Sanitation, dispensaries and jails vaccination Rajputana 1922-1927 - 1922-1927
Year: 1922
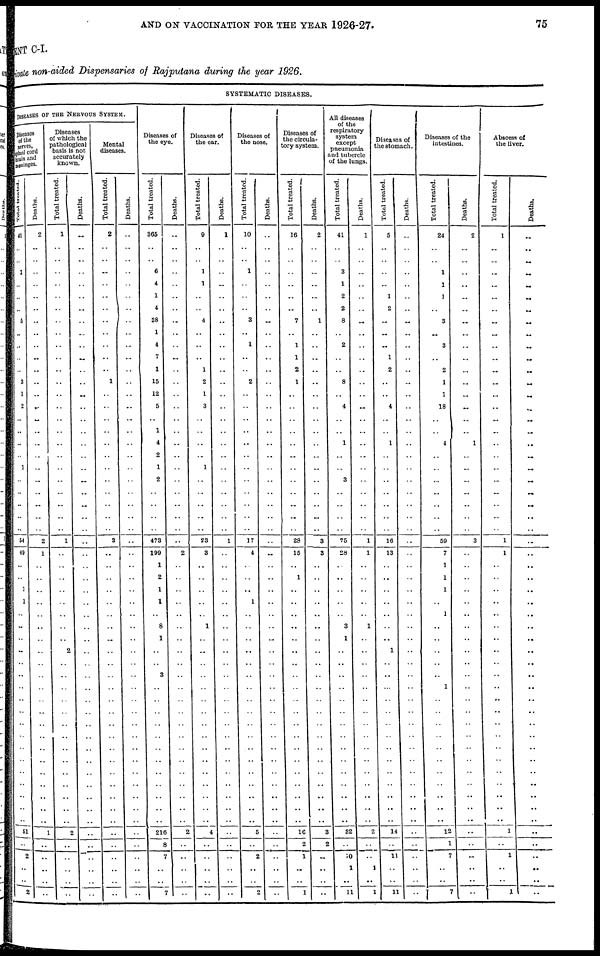
AND ON VACCINATION FOR THE YEAR 1926-27.
75
ENT C-I.
Private non-aided Dispensaries of Rajputana during the year 1926.
SYSTEMATIC DISEASES.
DISEASES OF THE NERVOUS SYSTEM.
Diseases
of the
nerves,
spinal cord
brain and
meninges.
Total treated.
41
..
..
1
..
..
..
5
..
..
..
..
3
1
2
..
..
..
..
1
..
..
..
..
..
54
49
..
..
1
1
..
..
..
..
..
..
..
..
..
..
..
..
..
..
..
..
..
..
51
..
2
..
..
2
Deaths.
2
..
..
..
..
..
..
..
..
..
..
..
..
..
..
..
..
..
..
..
..
..
..
..
..
2
1
..
..
..
..
..
..
..
..
..
..
..
..
..
..
..
..
..
..
..
..
..
..
1
..
..
..
..
..
Diseases
of which the
pathological
basis is not.
accurately
known.
Total treated.
1
..
..
..
..
..
..
..
..
..
..
..
..
..
..
..
..
..
..
..
..
..
..
..
..
1
..
..
..
..
..
..
..
..
2
..
..
..
..
..
..
..
..
..
..
..
..
..
..
2
..
..
..
..
..
Deaths.
..
..
..
..
..
..
..
..
..
..
..
..
..
..
..
..
..
..
..
..
..
..
..
..
..
..
..
..
..
..
..
..
..
..
..
..
..
..
..
..
..
..
..
..
..
..
..
..
..
..
..
..
..
..
..
Mental
diseases.
Total treated.
2
..
..
..
..
..
..
..
..
..
..
..
1
..
..
..
..
..
..
..
..
..
..
..
..
3
..
..
..
..
..
..
..
..
..
..
..
..
..
..
..
..
..
..
..
..
..
..
..
..
..
..
..
..
..
Deaths.
..
..
..
..
..
..
..
..
..
..
..
..
..
..
..
..
..
..
..
..
..
..
..
..
..
..
..
..
..
..
..
..
..
..
..
..
..
..
..
..
..
..
..
..
..
..
..
..
..
..
..
..
..
..
..
Diseases of
the eye.
Total treated.
365
..
..
6
4
1
4
38
1
4
7
1
15
12
5
..
1
4
2
1
2
..
..
..
..
473
199
1
2
1
1
..
8
1
..
..
3
..
..
..
..
..
..
..
..
..
..
..
..
216
8
7
..
..
7
Deaths.
..
..
..
..
..
..
..
..
..
..
..
..
..
..
..
..
..
..
..
..
..
..
..
..
..
..
2
..
..
..
..
..
..
..
..
..
..
..
..
..
..
..
..
..
..
..
..
..
..
2
..
..
..
..
..
Diseases of
the ear.
Total treated.
9
..
..
1
1
..
..
4
..
..
..
1
2
1
3
..
..
..
..
1
..
..
..
..
..
23
3
..
..
..
..
..
1
..
..
..
..
..
..
..
..
..
..
..
..
..
..
..
..
4
..
..
..
..
..
Deaths.
1
..
..
..
..
..
..
..
..
..
..
..
..
..
..
..
..
..
..
..
..
..
..
..
..
1
..
..
..
..
..
..
..
..
..
..
..
..
..
..
..
..
..
..
..
..
..
..
..
..
..
..
..
..
..
Diseases of
the nose.
Total treated.
10
..
..
1
..
..
..
3
..
1
..
..
2
..
..
..
..
..
..
..
..
..
..
..
..
17
4
..
..
..
1
..
..
..
..
..
..
..
..
..
..
..
..
..
..
..
..
..
..
5
..
2
..
..
2
Deaths.
..
..
..
..
..
..
..
..
..
..
..
..
..
..
..
..
..
..
..
..
..
..
..
..
..
..
..
..
..
..
..
..
..
..
..
..
..
..
..
..
..
..
..
..
..
..
..
..
..
..
..
..
..
..
..
Diseases of
the circula-
tory system.
Total treated.
16
..
..
..
..
..
..
7
..
1
1
2
1
..
..
..
..
..
..
..
..
..
..
..
..
28
15
..
1
..
..
..
..
..
..
..
..
..
..
..
..
..
..
..
..
..
..
..
..
16
2
1
..
.. 1
Deaths.
2
..
..
..
..
..
..
1
..
..
..
..
..
..
..
..
..
..
..
..
..
..
..
..
..
3
3
..
..
..
..
..
..
..
..
..
..
..
..
..
..
..
..
..
..
..
..
..
..
3
2
..
..
..
..
All diseases
of the
respiratory
system
except
pneumonia
and tubercle
of the lungs.
Total treated.
41
..
..
3
1
2
2
8
..
2
..
..
8
..
4
..
..
1
..
..
3
..
..
..
..
75
28
..
..
..
..
..
3
1
..
..
..
..
..
..
..
..
..
..
..
..
..
..
..
32
..
10
1
..
11
Deaths.
1
..
..
..
..
..
..
..
..
..
..
..
..
..
..
..
..
..
..
..
..
..
..
..
..
1
1
..
..
..
..
..
1
..
..
..
..
..
..
..
..
..
..
..
..
..
..
..
..
2
..
..
1
.. 1
Diseases of
the stomach.
Total treated.
5
..
..
..
..
1
2
..
..
..
1
2
..
..
4
..
..
1
..
..
..
..
..
..
..
16
13
..
..
..
..
..
..
..
1
..
..
..
..
..
..
..
..
..
..
..
..
..
..
14
..
11
..
..
11
Deaths.
..
..
..
..
..
..
..
..
..
..
..
..
..
..
..
..
..
..
..
..
..
..
..
..
..
..
..
..
..
..
..
..
..
..
..
..
..
..
..
..
..
..
..
..
..
..
..
..
..
..
..
..
..
..
..
Diseases of the
intestines.
Total treated.
24
..
..
1
1 .. ..
3
..
3
..
2
1
1
18
..
..
4
..
..
..
..
..
..
..
59
7
1
1
1
..
1
..
..
..
..
..
1
..
..
..
..
..
..
..
..
..
..
..
12
1
7
..
..
7
Deaths.
2
..
..
..
..
..
..
..
..
..
..
..
..
..
..
..
..
1
..
..
..
..
..
..
..
3
..
..
..
..
..
..
..
..
..
..
..
..
..
..
..
..
..
..
..
..
..
..
..
..
..
..
..
..
..
Abscess of
the liver.
Total treated.
1
..
..
..
..
..
..
..
..
..
..
..
..
..
..
..
..
..
..
..
..
..
..
..
..
1
1
..
..
..
..
..
..
..
..
..
..
..
..
..
..
..
..
..
..
..
..
..
..
1
..
1
..
..
1
Deaths.
..
..
..
..
..
..
..
..
1 1 .. ..
..
..
..
..
..
..
..
..
..
..
..
..
..
..
..
..
..
..
..
..
..
..
..
..
..
..
..
..
..
..
..
..
..
..
..
..
..
..
..
..
..
..
..